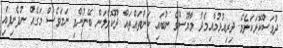
ދުވަސްކޮޅަކަށެވެ. ދިރިއުޅުމާއިމެދު މާޔޫސްވެ ނުބައި ކަންތައްތައް ދޫކޮށްލަން ބޭނުންވި ނަމަވެސް މަގެއް ނުފެނިފައި